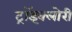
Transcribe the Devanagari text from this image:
ट्रॉइक्लोरी